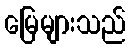
မြေများသည်